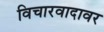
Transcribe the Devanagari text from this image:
विचारवादावर